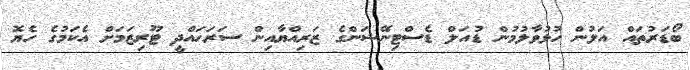
ބޯޑަރުތައް އަލުން ހުޅުވާލުމުން ޑުއަލް ޑެސްޓިނޭޝަންގެ ޒަރިއްޔާއިން ސަރަހައްދީ ޓޫރިޒަމަށް އެކަމުގެ ހެޔޮ